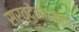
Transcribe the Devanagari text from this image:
सर्वदेवात्मको